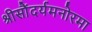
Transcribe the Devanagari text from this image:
श्रीसौंदर्यमनोरमा